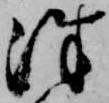
往